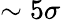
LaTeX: \sim 5\sigma